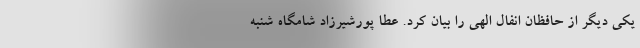
یکی دیگر از حافظان انفال الهی را بیان کرد. عطا پورشیرزاد شامگاه شنبه